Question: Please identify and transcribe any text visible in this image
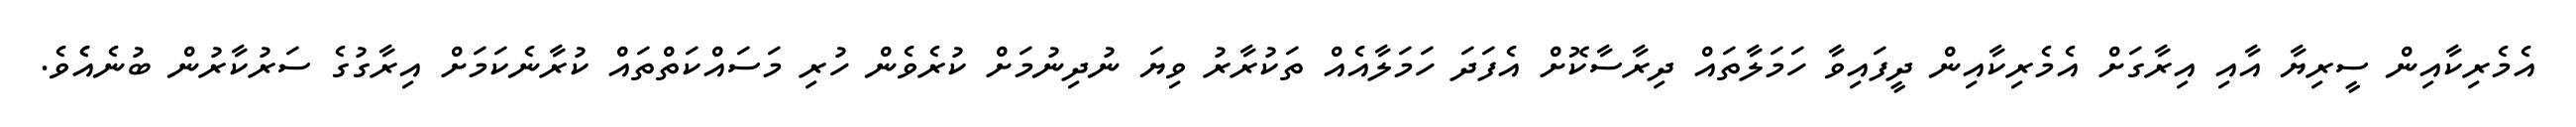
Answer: އެމެރިކާއިން ސީރިޔާ އާއި އިރާގަށް އެމެރިކާއިން ދީފައިވާ ހަމަލާތައް ދިރާސާކޮށް އެފަދަ ހަމަލާއެއް ތަކުރާރު ވިޔަ ނުދިނުމަށް ކުރެވެން ހުރި މަސައްކަތްތައް ކުރާނެކަމަށް އިރާގުގެ ސަރުކާރުން ބުނެއެެވެ.